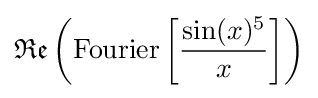
{\mathfrak {Re}}\left({\text{Fourier}}\left[{\frac {\sin(x)^{5}}{x}}\right]\right)